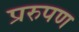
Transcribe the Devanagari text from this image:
प्ररुपण